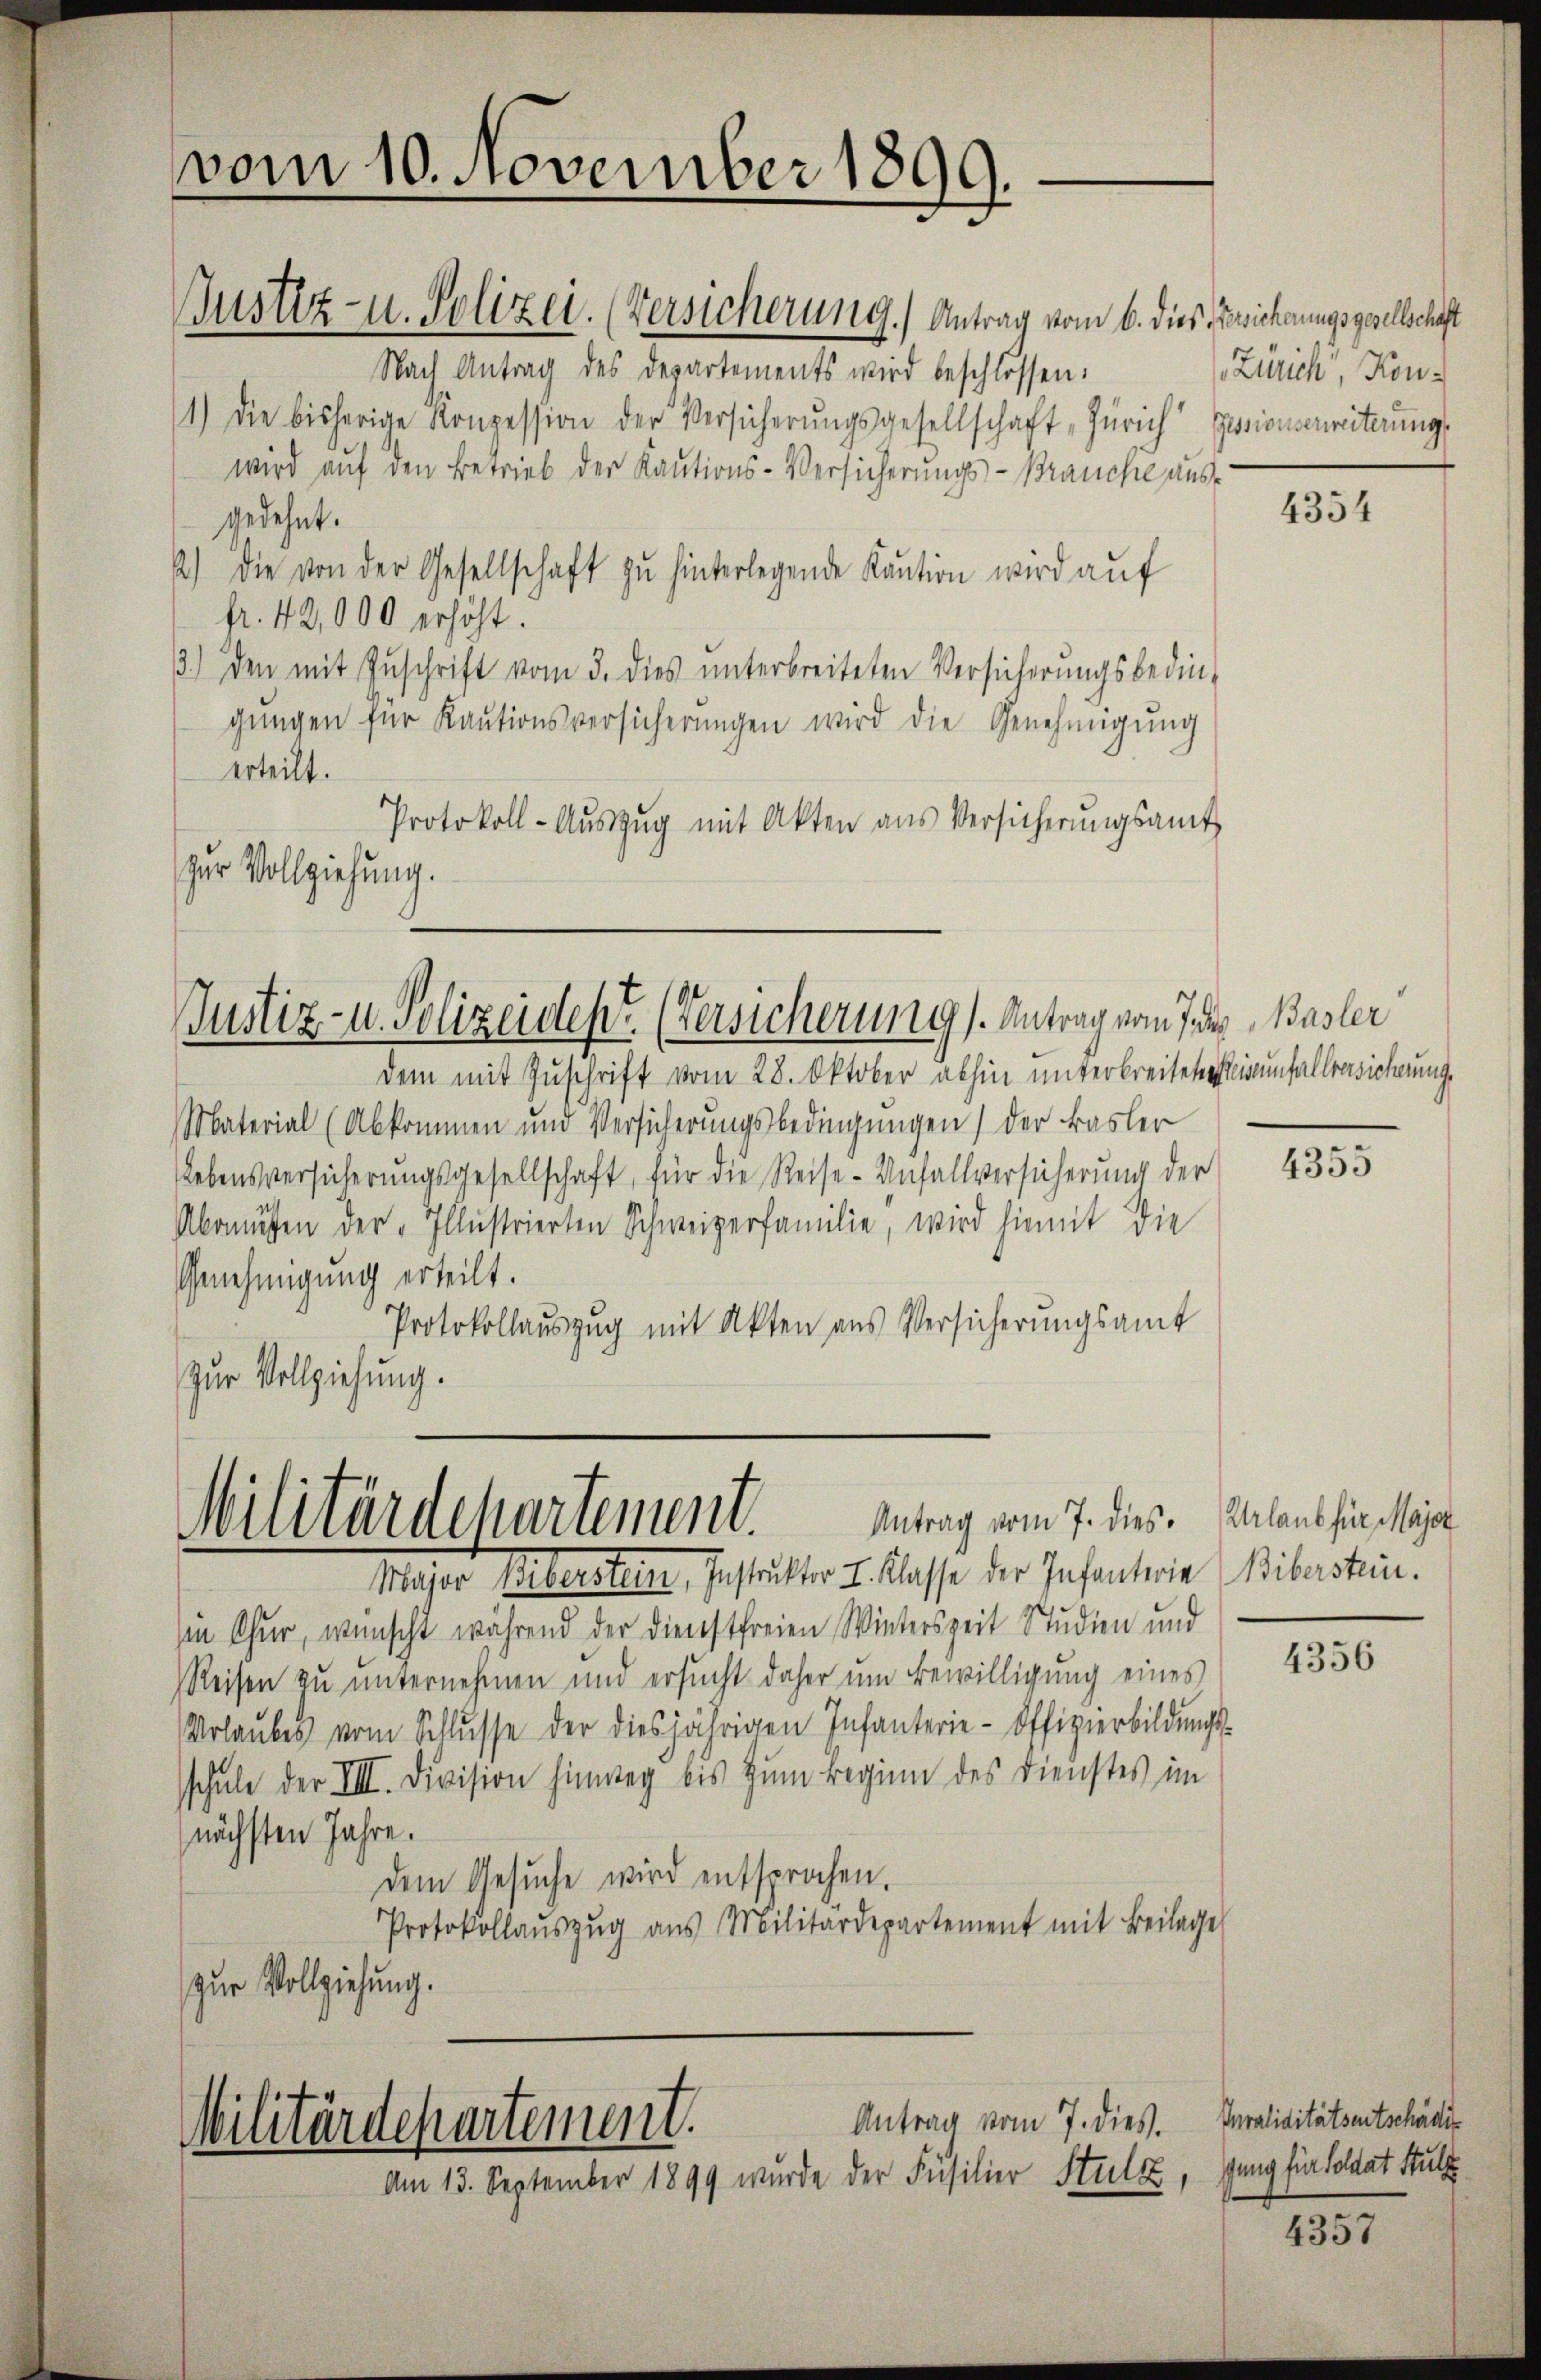
vom 10. November 1899.

Gustiz- u. Polizei. (Versicherung. Antrag vom 6. dies Besicherungsgesellschaft
Nach Antrag des Departements wird beschlossen:
1.) Die bisherige Konzession der Versicherŭngsgesellschaft Zürich Zusionserweiterung
wird auf den Betrieb der Kautions-Versicherungs-Brauche ausgedehnt.
2) die von der Gesellschaft zu hinterlegende Kaution wird auf
fr. 42,000 erhöht.
3.) Den mit Zŭschrift vom 3. dies ŭnterbreiteten Versicherŭngsbedin-
gŭngen für Kaŭtionsversicherŭngen wird die Genehmigŭng
erteilt.
Protokoll-Aŭszŭg mit Akten aus Versicherŭngsamt
zur Vollziehung.

Justiz- u. Polizeidept. (Versicherung s. Antrag vom J. Basler

dem mit Zuschrift vom 28. Oktober abhin unterbreiteten einfallversicherungs
Material (Abkommen und Versicherungsbedingungen) der Basler
Lebensversicherungsgesellschaft, für die Reise- Anfallversicherung der
Abonisten der „Illustrierten Schweizerfamilie, wird hiemit die
Genehmigung erteilt.
Protokollauszug mit Akten aus Versicherungsamt
Zur Vollziehung.

Antrag vom 7. dies. Urlaub für Major
Militärdepartement.

Antrag vom 7. dies. Invaliditätsentschäftig
Militärdepartement.
Im 13. September 1899 wurde der Insilier Stulz, Gang für Soldat Sulz
O

Zürich, Kon-

Mager seltersten, Instalter I. Klasse der Infanterie Biberstine.
in Chur, wünscht während der Dienstfreien Winterszeit Studien und
Reisen zu unternehmen und ersucht daher um Bewilligung eines
Urlaubes vom Schlŭsse der diesjährigen Infanterie-Offizierbildungs-
schule der VIII. Division hinweg bis zum Beginn des Dienstes im
nächsten Jahre.
dem Gesŭche wird entsprochen.
Protokollaŭszŭg aŭs Militärdepartement mit Beilage
zur Vollziehung.

4354

4355

4356

4357